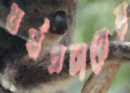
ধর্মপ্রচারের